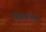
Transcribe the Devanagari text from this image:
खिलफत